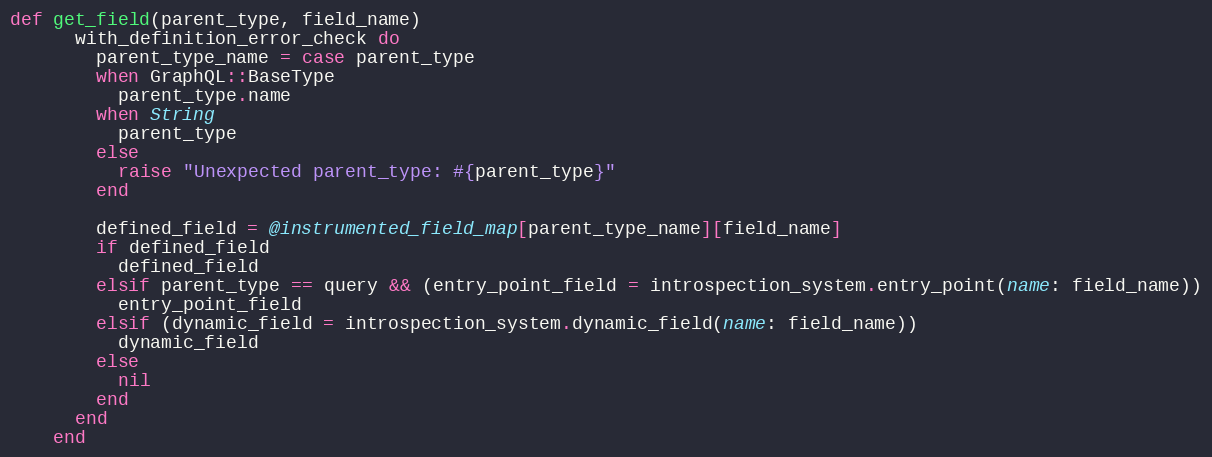
Language: Ruby
def get_field(parent_type, field_name)
      with_definition_error_check do
        parent_type_name = case parent_type
        when GraphQL::BaseType
          parent_type.name
        when String
          parent_type
        else
          raise "Unexpected parent_type: #{parent_type}"
        end

        defined_field = @instrumented_field_map[parent_type_name][field_name]
        if defined_field
          defined_field
        elsif parent_type == query && (entry_point_field = introspection_system.entry_point(name: field_name))
          entry_point_field
        elsif (dynamic_field = introspection_system.dynamic_field(name: field_name))
          dynamic_field
        else
          nil
        end
      end
    end